Report on certain features of malaria in the island of Salsette
Disease focus: Malaria
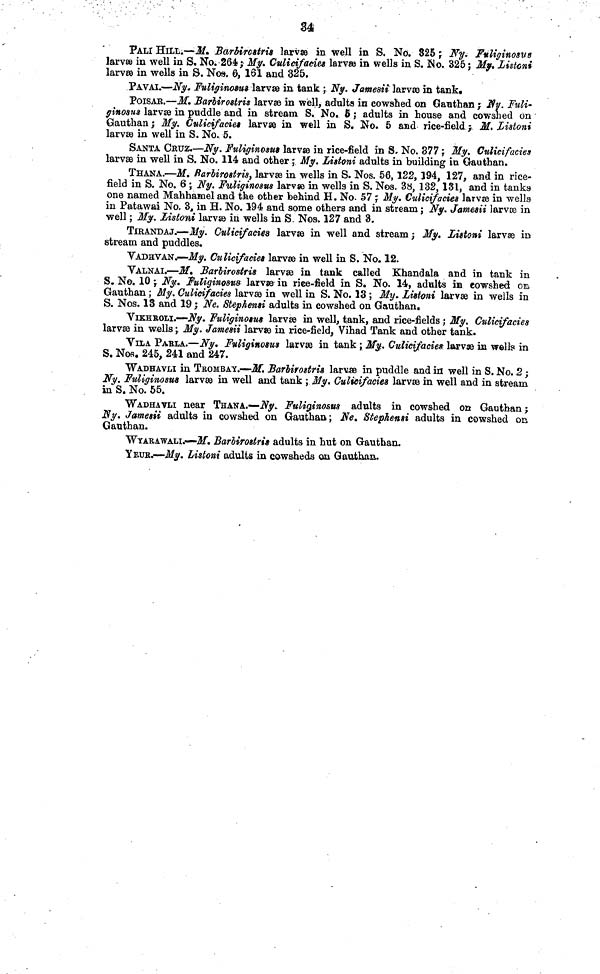
34
PALI HILL.—M. Barbirc&trfa larvæ in well in S. No. 825 ; Ny. Fuliginosas
larvæ in well in S. No. 264; My. Ctilieifacies larvw in wells in S. No. 325 ; My» Liston*
larvæ in wells in S. No», 6, 161 and 325.
PAVAI.—Ny. Fuliginovu* larvae in tank ; Ny. Jamesii larvœ in tank,
POISAR.—M. Barbirostris larvœ in well, adults in cowshed on Gauthan ; Ny. Fuli-
ginosus larvæ in puddle and in stream S. No. 5 ; adults in house and cowshed on
Gauthan ; My. Culicifacies larvæ in well in S. No. 5 and rice-field. ;, M. Listoni
larvæ in well in S. No. 5.
SANTA CRUZ.—Ny. Fuliginosus larvse in rice-field in S, No. 877 ; My. Culicifacies
larvæ in well in S. No. 114 and other ; My. Listoni adults in building in Gauthan.
THANA.—M. Barbirostris, larvæ in wells in S. Nos. 56, 122, 194, 127, and in rice-
field in S. No. 6 ; Ny. Fuliginosas larvæ in wells in S. Nos. 38, 132, 131, and in tanks
one named Mahhamel and the other behind H. No. 57 ; My. Culicifacies larvse in wells
in Patawai No. 3, in H. No. 194 and some others and in stream ; Ny. Jamesii larvae in
well ; My. Listoni larvæ in wells in S. Nos. 127 and 3.
TIRANDAJ.—My. Culicifacies larvæ in well and stream ; My. Listoni larvæ ÍD
stream and puddles.
VADHVAN.—My. Culicifaciea larvæ in well in S. No. 12.
VALNAI.—Jf. Barbirostris larvæ in tank called Khandala and in tank in
S. No. 10 ;. Ny. fuliginosas larvæ in riee-fiekl in S. No. 14, adttlts in cowshed OB
Gauthan ; My. Culicifacies larvæ in well in S. No. 13 ; My. Listoni larvae in wells in
S. Nos. 13 and 19 ; Ne. Stephensi adults in cowshed on Gauthan.
VIKHBOLI.—Ny. Fuliginotus larvæ in well, tank, and rice-fields j My. Culicifacies
larvae in wells ; My. Jamesii larvae in rice-field, Vihad Tank and other tank.
VILA PABLA.—Ny, Fvliginosus larvae in tank ; My. Culicijacie» larvæ in wells in
S. Nos. 245, 241 and 247.
WADHAVLI in TEOMBAy.—M. Barlirostris larvæ in puddle and in well in S. No. 2 ;
Ny. Fuliginosw larvæ in well and tank ; My. Culicifacies larvæ in well and in stream
in S. No. 55.
WADHATLI near THANA.—Ny* Fuliginosus adults in cowshed on Gauthan ;
Ny. Jamesii adulta in cowshed on Gauthan; Ne» Stephensi adults in cowshed on
Gauthan.
WYARAWALI.—-M. Barlirottris adults in hut on Gauthan.
YEUR.—My. Listoni adults in cowsheds on Gauthan.